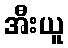
အီးယူ